system: You are a helpful assistant.
user:
Analyze the provided spectrum to determine if it is a **M-type Giant (gM)**.

A M-type Giant spectrum is defined by its **strong molecular absorption** features, particularly from **Titanium Oxide (TiO)**. You must check for one of the following mutually exclusive signatures:

- **Key Visual Indicators (Absorption-Dominated Spectrum):**

    - **(Primary):** The spectrum is dominated by strong molecular absorption from **Titanium Oxide (TiO)**. This is the **defining feature** of its M-type temperature class.
        - **(Key Bandheads):** Look for sharp, "saw-tooth" absorption valleys. The strongest are located near **~7050 Å**, **~6160 Å**, and **~5170 Å**.
        - **(Line Profile):** The "saw-tooth" morphology is critical: a **sharp, steep drop on the BLUE (short-wavelength) side** of the bandhead, followed by a gradual recovery (rising flux) towards the RED (long-wavelength) side.

    - **(Key Confirmation - Giant vs. Dwarf):** **ABSENCE** of strong **Calcium Hydride (CaH)** molecular bands. This is the primary diagnostic for *excluding* M-dwarfs.
        - **(Key Region):** The spectrum should lack the strong, broad absorption band seen in dwarfs between **~6800 Å and ~7000 Å**.

    - **(Secondary Confirmation - Giant):** A very strong and broad **Neutral Calcium (Ca I)** atomic absorption line.
        - **(Key Line):** Located at **~4226 Å**. In a giant (gM), this line is significantly deeper and broader than the same line in an M-dwarf (dM) due to low surface gravity.

    - **(Overall Spectrum):**
        - The continuum is **extremely red-sloping** (i.e., flux is very low in the blue and rises dramatically towards the red).
        - The entire spectrum appears "chopped up" by the deep TiO bands.

Think first, call **spectral_visualization_tool** if needed to examine features in detail, then provide your final answer. Your response must adhere to the following strict rules:
1.  **Overall Structure:** Your response must follow the format `<think>...</think> <tool_call>...</tool_call> (if a tool is used) <answer>...</answer>`.
2.  **Tool Usage Constraint:** You may only make **one** tool call per turn.
3.  **Final Answer Format:** In the `<answer>` tag, your conclusion must be inside a `\boxed{}` command (e.g., `\boxed{YES}` or `\boxed{NO}`), followed by your justification.

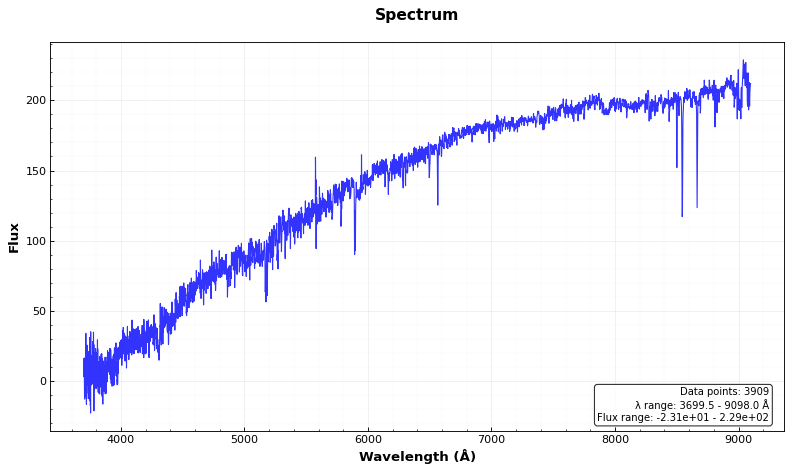
Answer: NO